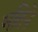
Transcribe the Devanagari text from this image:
मतिने